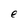
Character: e